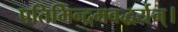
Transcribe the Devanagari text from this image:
पतिमिन्द्रमवद्धर्यन्।